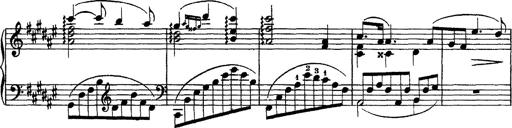
Title: Piano Sonata
Composer: Karl HÃ¤ssler
Key: C major